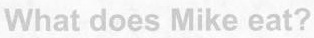
What does Mike eat?